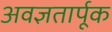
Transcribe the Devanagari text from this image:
अवज्ञतार्पूक